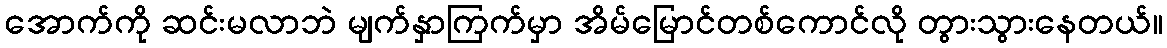
အောက်ကို ဆင်းမလာဘဲ မျက်နှာကြက်မှာ အိမ်မြောင်တစ်ကောင်လို တွားသွားနေတယ်။